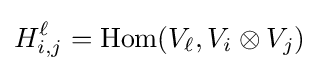
H_{i,j}^{\ell }=\operatorname {Hom} (V_{\ell },V_{i}\otimes V_{j})